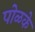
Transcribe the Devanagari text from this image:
पोळके